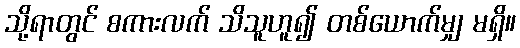
သို့ရာတွင် စကားလက် သိသူဟူ၍ တစ်ယောက်မျှ မရှိ။